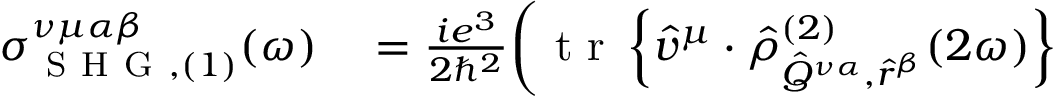
\begin{array} { r l } { \sigma _ { \mathrm { ~ S ~ H ~ G ~ } , ( 1 ) } ^ { \nu \mu \alpha \beta } ( \omega ) } & { { } = \frac { i e ^ { 3 } } { 2 \hslash ^ { 2 } } \bigg ( \mathrm { ~ t ~ r ~ } \left\{ \hat { v } ^ { \mu } \cdot \hat { \rho } _ { \hat { Q } ^ { \nu \alpha } , \hat { r } ^ { \beta } } ^ { ( 2 ) } ( 2 \omega ) \right\} } \end{array}